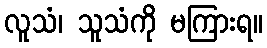
လူသံ၊ သူသံကို မကြားရ။